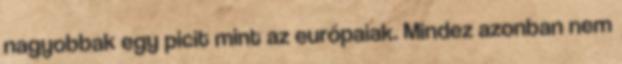
nagyobbak egy picit mint az európaiak. Mindez azonban nem